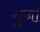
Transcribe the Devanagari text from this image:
गुज़ी